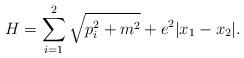
LaTeX: \begin{align*}H = \sum_{i=1}^{2} \sqrt{p_{i}^{2} + m^{2}} + e^2 |x_{1} -x_{2}|.\end{align*}